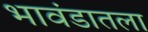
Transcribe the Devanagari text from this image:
भावंडातला